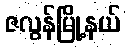
ဇလွန်မြို့နယ်